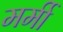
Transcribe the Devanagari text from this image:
मर्मी